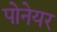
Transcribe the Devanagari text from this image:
पोनेयर